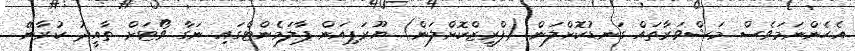
އެހެންނަމަވެސް މަޝްވަރާތައް ގަނޑުކޮށްލަން (ފްރީޒްކޮށްލަން) ޔޫރަޕިއަން ޕާލަމެންޓްގައި ނަގާ ވޯޓަށް ތާއީދު ކުރާނޭ